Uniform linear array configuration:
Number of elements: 4
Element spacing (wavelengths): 0.25
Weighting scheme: kaiser
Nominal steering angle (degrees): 45
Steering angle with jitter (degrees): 43.713
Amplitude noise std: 0.05
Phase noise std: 0.05

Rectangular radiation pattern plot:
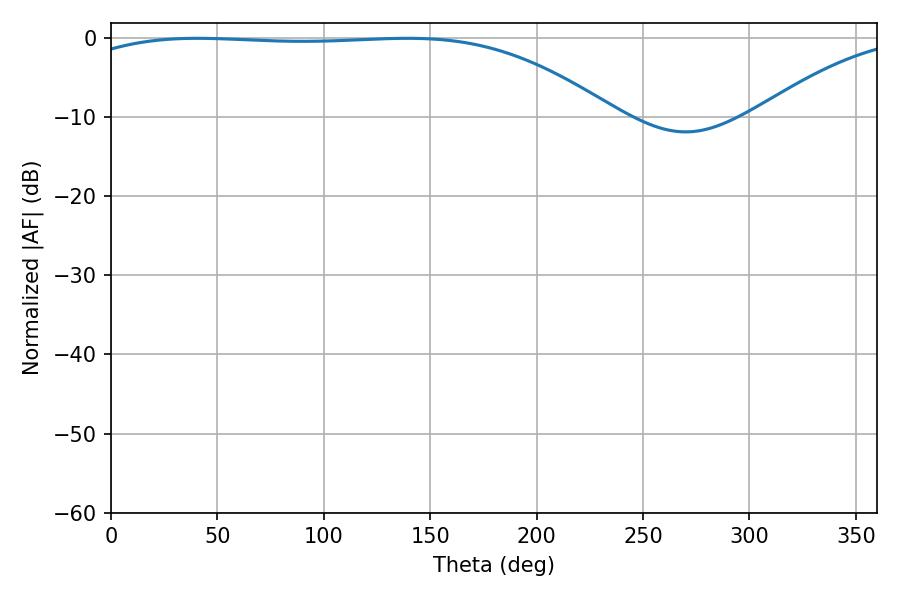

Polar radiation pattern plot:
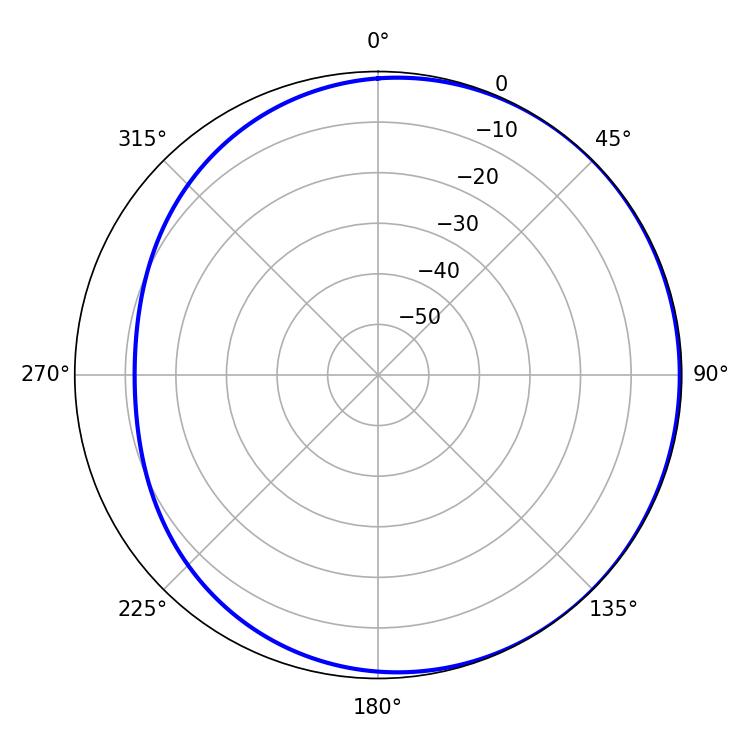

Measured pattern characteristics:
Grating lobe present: FALSE
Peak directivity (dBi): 1.118
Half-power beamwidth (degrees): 197.46
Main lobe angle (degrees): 40.68